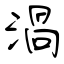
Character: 渦